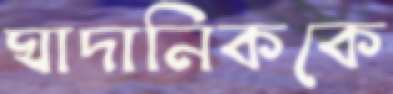
ঘাদানিককে